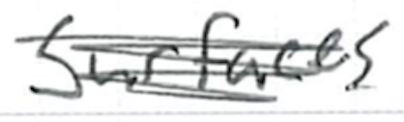
Text: surfaces
Cross-out: scratch
Writing tool: ballpoint